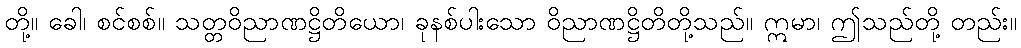
တို့။ ခေါ၊ စင်စစ်။ သတ္တဝိညာဏဋ္ဌိတိယော၊ ခုနစ်ပါးသော ဝိညာဏဋ္ဌိတိတို့သည်။ ဣမာ၊ ဤသည်တို့ တည်း။